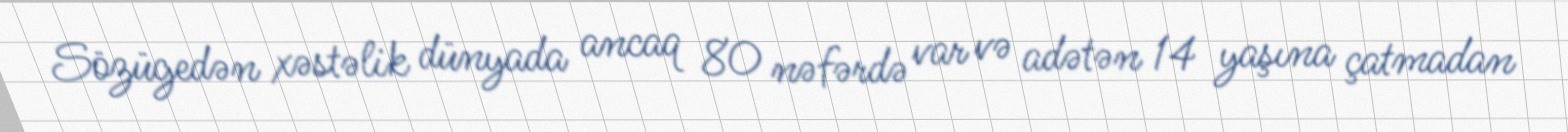
Sözügedən xəstəlik dünyada ancaq 80 nəfərdə var və adətən 14 yaşına çatmadan